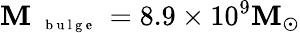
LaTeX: \mathbf{M}_{\mathrm{{~{~\scriptsize~b~u~l~g~e~}~}}}=8.9\times10^{9}\mathbf{M}_{\odot}